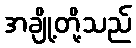
အချို့တို့သည်